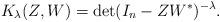
LaTeX: \begin{align*}K_\lambda(Z,W) = \det(I_n - Z W^*)^{-\lambda}.\end{align*}